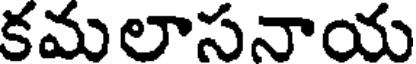
కమలాసనాయ